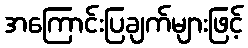
အကြောင်းပြချက်များဖြင့်